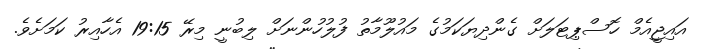
އައިޖީއެމް ހޮސްޕިޓަލަށް ގެންދިޔަކަމުގެ މައުލޫމާތު ފުލުހުންނަށް ލިބުނީ މިރޭ 19:15 އެހާއިރު ކަމަށެވެ.